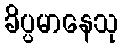
ခိပ္ပမာနေသု